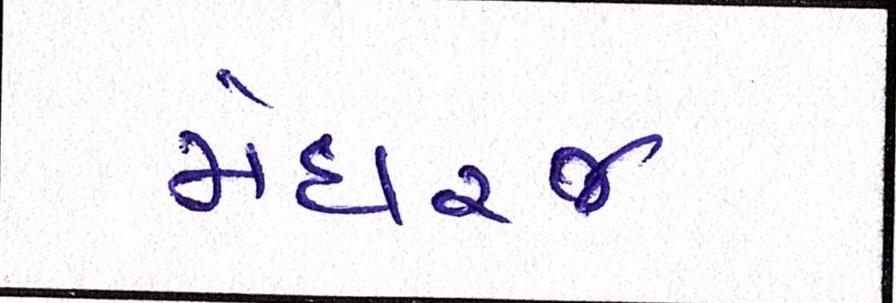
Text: મેઘરજ